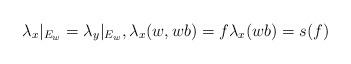
LaTeX: \begin{align*}\lambda_x|_{E_w} =\lambda_y|_{E_w}, \lambda_x(w, wb)=f \lambda_x(wb)=s(f)\end{align*}